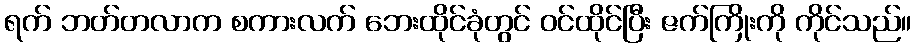
ရက် ဘတ်တလာက စကားလက် ဘေးထိုင်ခုံတွင် ဝင်ထိုင်ပြီး ဇက်ကြိုးကို ကိုင်သည်။